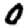
Digit: 0